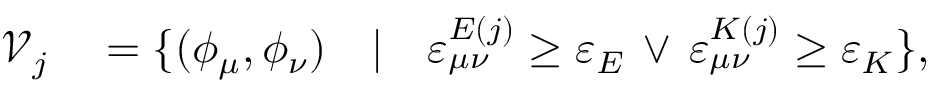
\begin{array} { r l } { \mathcal { V } _ { j } } & { { } = \{ ( \phi _ { \mu } , \phi _ { \nu } ) \quad \vert \quad \varepsilon _ { \mu \nu } ^ { E ( j ) } \geq \varepsilon _ { E } \, \lor \, \varepsilon _ { \mu \nu } ^ { K ( j ) } \geq \varepsilon _ { K } \} , } \end{array}